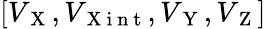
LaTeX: [V_{\mathrm{~X~}},V_{\mathrm{~X~i~n~t~}},V_{\mathrm{~Y~}},V_{\mathrm{~Z~}}]